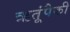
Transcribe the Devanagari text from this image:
ऋतूंपैकी